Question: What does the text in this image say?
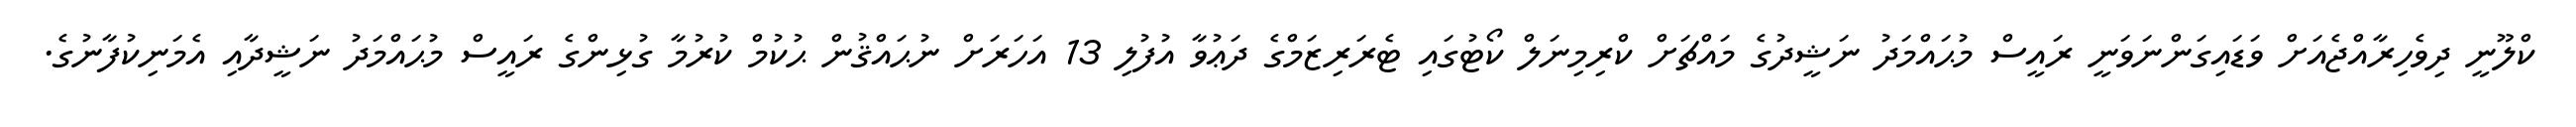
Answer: ކްލޫނީ ދިވެހިރާއްޖެއަށް ވަޑައިގަންނަވަނީ ރައީސް މުޙައްމަދު ނަޝީދުގެ މައްޗަށް ކްރިމިނަލް ކޯޓުގައި ޓެރަރިޒަމްގެ ދަޢުވާ އުފުލި 13 އަހަރަށް ނުޙައްޤުން ޙުކުމް ކުރުމާ ގުޅިންގެ ރައީސް މުޙައްމަދު ނަޝީދާއި އެމަނިކުފާނުގެ.